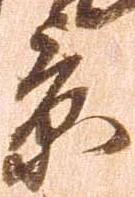
景